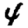
Digit: 4